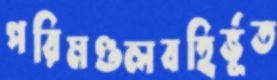
পরিমণ্ডলবহির্ভূত